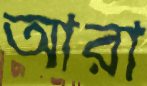
আরা